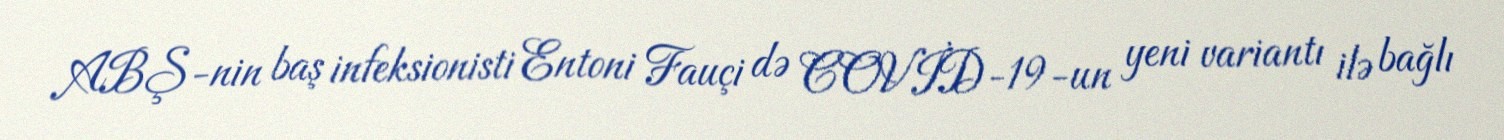
ABŞ-nin baş infeksionisti Entoni Fauçi də COVİD-19-un yeni variantı ilə bağlı